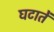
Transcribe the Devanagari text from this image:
घटातें